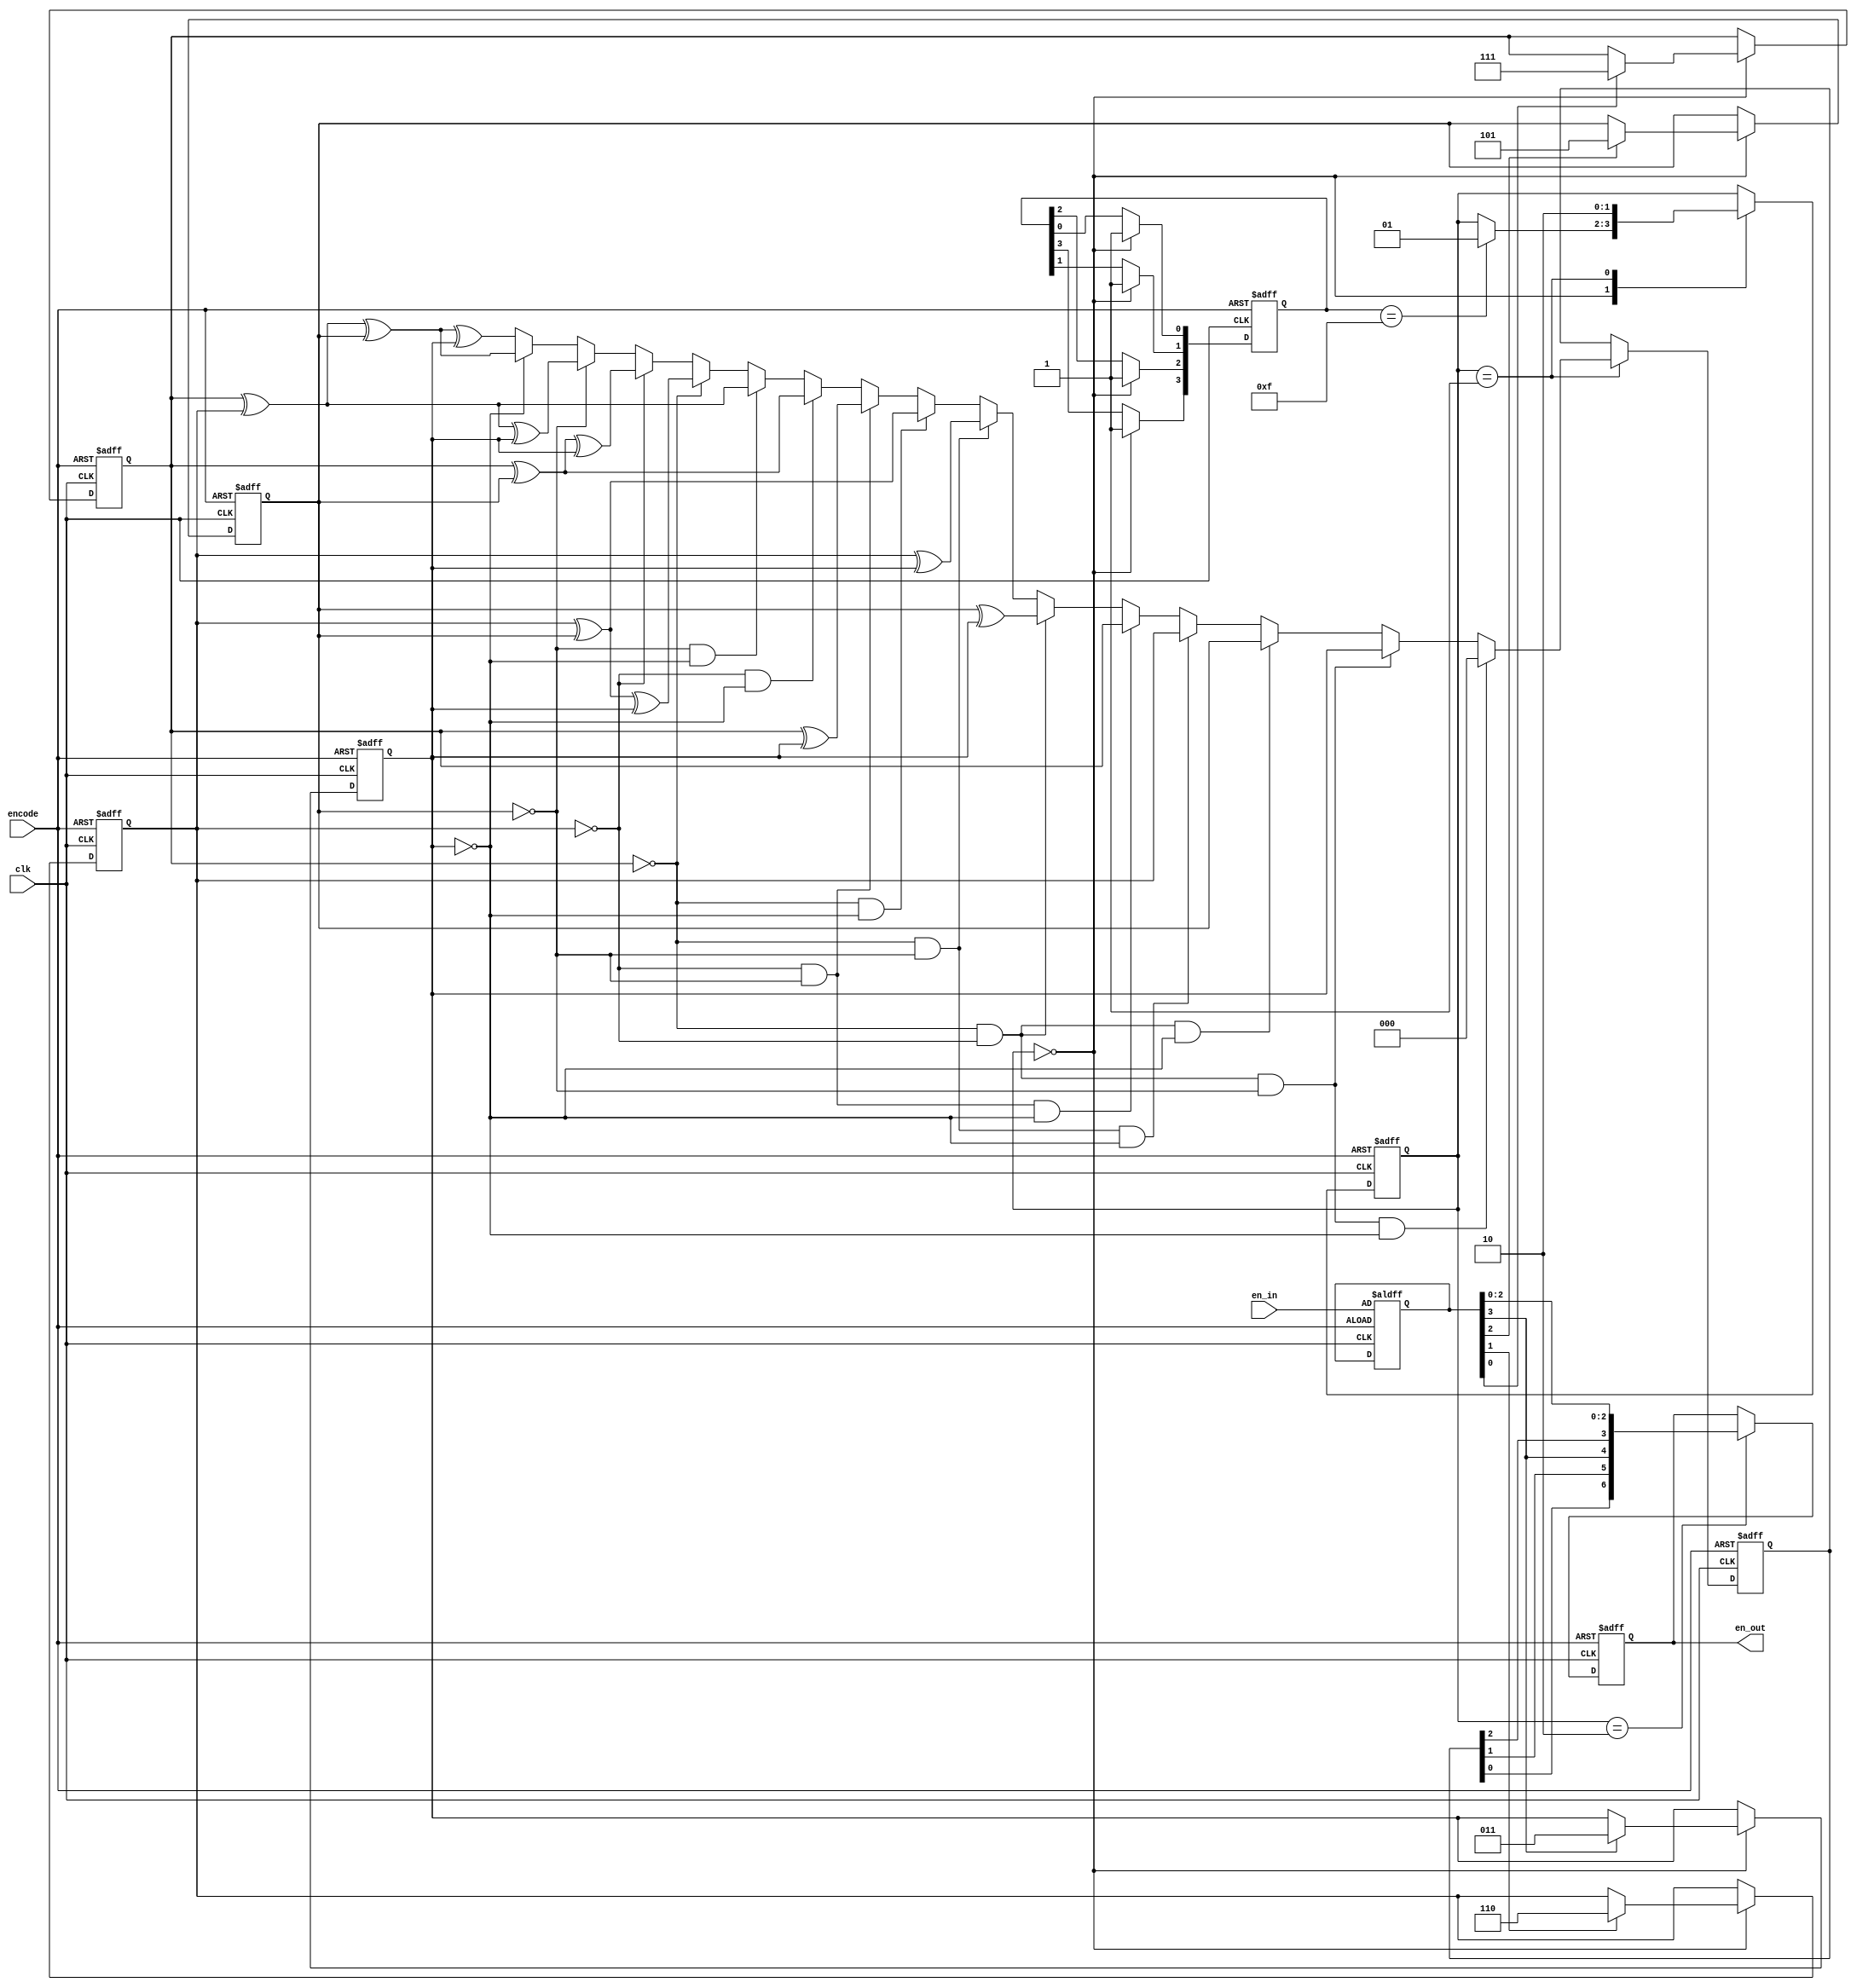
module encoder
(
input wire clk, encode,
input wire [3:0] en_in,
output wire [6:0] en_out
);


//registers


reg [2:0] tem_reg0, tem_reg1, tem_reg2, tem_reg3;
reg [2:0] tem_reg0_next, tem_reg1_next, tem_reg2_next, tem_reg3_next;
reg [2:0] cal_reg, cal_next;
reg [1:0] state_reg, state_next;
reg [6:0] final, final_next;
reg [3:0] check, check_next, data;

//state param

localparam 
	get  = 2'b00,
	calculate = 2'b01,
	out = 2'b10;


//body

//DFF setting

always @(posedge clk, posedge encode)
	if (encode)
		begin
		tem_reg0 <= 3'b0;
		tem_reg1 <= 3'b0;
		tem_reg2 <= 3'b0;
		tem_reg3 <= 3'b0;
		cal_reg <= 0;
		state_reg <= get;
		final <= 0;
		check <= 4'b0000;
		data <= en_in;

		end
	else
		begin
		cal_reg <= cal_next;
		state_reg <= state_next;
		tem_reg0 <= tem_reg0_next;
		tem_reg1 <= tem_reg1_next;
		tem_reg2 <= tem_reg2_next;
		tem_reg3 <= tem_reg3_next;
		final <= final_next;
		check <= check_next;

		end


//next state logic

always@*
	begin
	state_next = state_reg;
	cal_next = cal_reg;
	tem_reg0_next = tem_reg0;
	tem_reg1_next = tem_reg1;
	tem_reg2_next = tem_reg2;
	tem_reg3_next = tem_reg3;
	final_next = final;
	check_next = check;
	case(state_reg)
	get:		
					//get state: get input and check if the input bit is one, if is , then store the address into tem_reg
		begin				
		if(data[0])  
			begin
			tem_reg0_next = 3'b111; 
			check_next[3] = 1;
			end
		else
			check_next[3] = 1;
		if(data[1])  
			begin
			tem_reg1_next = 3'b110; 
			check_next[2] = 1;
			end
		else
			check_next[2] = 1;
		if(data[2])  
			begin
			tem_reg2_next = 3'b101; 
			check_next[1] = 1;
			end
		else
			check_next[1] = 1;
		if(data[3])  
			begin
			tem_reg3_next = 3'b011; 
			check_next[0] = 1;   
			end   
		else
			check_next[0] = 1;       
		if(check == 4'b1111)
			state_next = calculate;
		end
	calculate: 
		begin        					//calculate state: calculate the one's address with XOR, store it into cal_reg
		if((tem_reg0 == 3'b0) && (tem_reg1 == 3'b0) && (tem_reg2 == 3'b0) && (tem_reg3 == 3'b0))
			begin
			cal_next = 3'b0;
			state_next = out;
			end
		else if((tem_reg0 == 3'b0) && (tem_reg1 == 3'b0) && (tem_reg2 == 3'b0))
			begin
			cal_next = tem_reg3;
			state_next = out;
			end
		else if((tem_reg0 == 3'b0) && (tem_reg1 == 3'b0) && (tem_reg3 == 3'b0))
			begin
			cal_next = tem_reg2;
			state_next = out;
			end
		else if((tem_reg0 == 3'b0) && (tem_reg2 == 3'b0) && (tem_reg3 == 3'b0))
			begin
			cal_next = tem_reg1;
			state_next = out;
			end
		else if((tem_reg1 == 3'b0) && (tem_reg2 == 3'b0) && (tem_reg3 == 3'b0))
			begin
			cal_next = tem_reg0;
			state_next = out;
			end
		else if((tem_reg0 == 3'b0) && (tem_reg1 == 3'b0))
			begin
			cal_next = tem_reg2^tem_reg3;
			state_next = out;
			end
		else if((tem_reg0 == 3'b0) && (tem_reg2 == 3'b0))
			begin
			cal_next = tem_reg1^tem_reg3;
			state_next = out;
			end
		else if((tem_reg0 == 3'b0) && (tem_reg3 == 3'b0))
			begin
			cal_next = tem_reg1^tem_reg2;
			state_next = out;
			end
		else if((tem_reg1 == 3'b0) && (tem_reg2 == 3'b0))
			begin
			cal_next = tem_reg0^tem_reg3;
			state_next = out;
			end
		else if((tem_reg1 == 3'b0) && (tem_reg3 == 3'b0))
			begin
			cal_next = tem_reg0^tem_reg2;
			state_next = out;
			end
		else if((tem_reg2 == 3'b0) && (tem_reg3 == 3'b0))
			begin
			cal_next = tem_reg0^tem_reg1;
			state_next = out;
			end
		else if(tem_reg0 == 3'b0)
			begin
			cal_next = tem_reg1^tem_reg2^tem_reg3;
			state_next = out;
			end
		else if(tem_reg1 == 3'b0)
			begin
			cal_next = tem_reg0^tem_reg2^tem_reg3;
			state_next = out;
			end
		else if(tem_reg2 == 3'b0)
			begin
			cal_next = tem_reg0^tem_reg1^tem_reg3;
			state_next = out;
			end
		else if(tem_reg3 == 3'b0)
			begin
			cal_next = tem_reg0^tem_reg1^tem_reg2;
			state_next = out;
			end
		else
			begin
			cal_next = tem_reg0^tem_reg1^tem_reg2^tem_reg3;
			state_next = out;
			end
		end

	out: 
		final_next = {cal_reg[0], cal_reg[1], data[3], cal_reg[2], data[2], data[1], data[0]};
	endcase
	end


//output logic


	
assign en_out = final;


endmodule